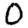
Digit: 0